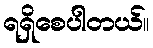
ရရှိစေပါတယ်။